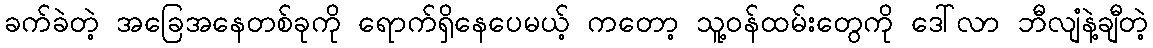
ခက်ခဲတဲ့ အခြေအနေတစ်ခုကို ရောက်ရှိနေပေမယ့် ကတော့ သူ့ဝန်ထမ်းတွေကို ဒေါ်လာ ဘီလျံနဲ့ချီတဲ့